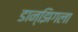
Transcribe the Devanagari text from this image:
डान्झिगला